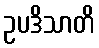
ဥပဒိသာတိ